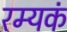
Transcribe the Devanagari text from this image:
रम्यकं